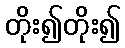
တိုး၍တိုး၍